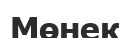
Мөнек